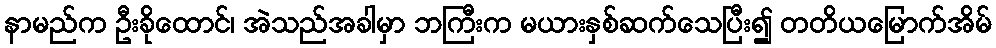
နာမည်က ဦးခိုထောင်၊ အဲသည်အခါမှာ ဘကြီးက မယားနှစ်ဆက်သေပြီး၍ တတိယမြောက်အိမ်